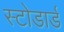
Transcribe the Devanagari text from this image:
स्टोडार्ड